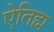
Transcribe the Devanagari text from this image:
ऐतिह्म